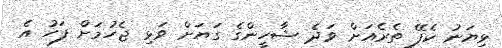
ޅިޔަނު ކެފޭ ތެރެއަށް ވަދެ ޝާހީންގެ ގަޔަށް ވަޅި ޖެހުމަށް ފަހު އެ